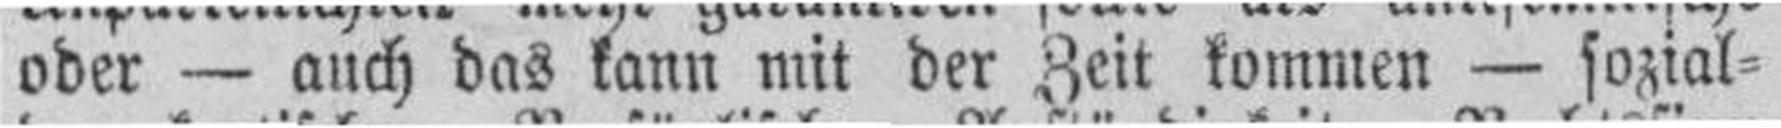
oder — auch das kann mit der Zeit kommen — soztal¬